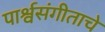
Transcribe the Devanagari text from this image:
पार्श्वसंगीताचे